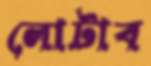
লোটাব